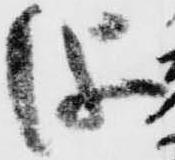
儀